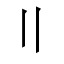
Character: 〢